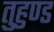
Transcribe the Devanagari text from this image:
तुहुण्ड